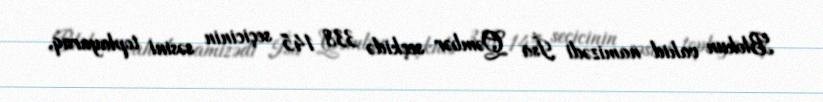
Blokun vahid namizədi İsa Qəmbər seçkidə 338 145 seçicinin səsini toplayaraq,